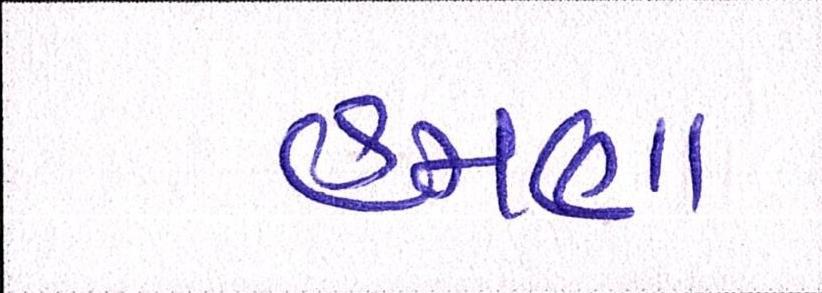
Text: હમણા